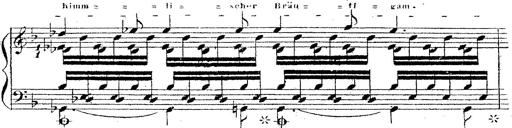
Title: 12 Lieder von Franz Schubert
Composer: Franz Liszt